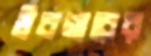
উবগারের